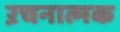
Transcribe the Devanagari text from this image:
ऱचनात्मक